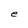
Character: e